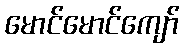
မောင်မောင်ကျော်